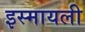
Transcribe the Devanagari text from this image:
इस्मायली